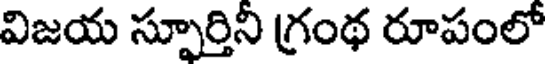
విజయ స్పూర్తిని గ్రంథ రూపంలో